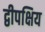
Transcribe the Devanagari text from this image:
द्वीपक्षिय